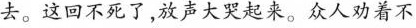
去。这回不死了，放声大哭起来。众人劝着不